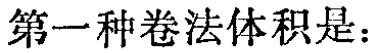
第一种卷法体积是：